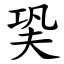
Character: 㠫